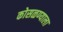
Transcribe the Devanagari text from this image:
कोसळण्याला